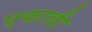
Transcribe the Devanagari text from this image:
एफावी